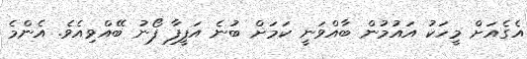
އެގެއަށް މީހަކު އައުމުން ބާއްވަނީ ކަމަށް ބުނެ އަފީފާ ފޯނު ބޭއްވިއެވެ. އެންމެ